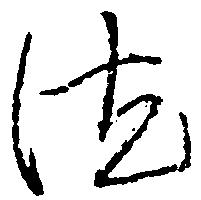
汰